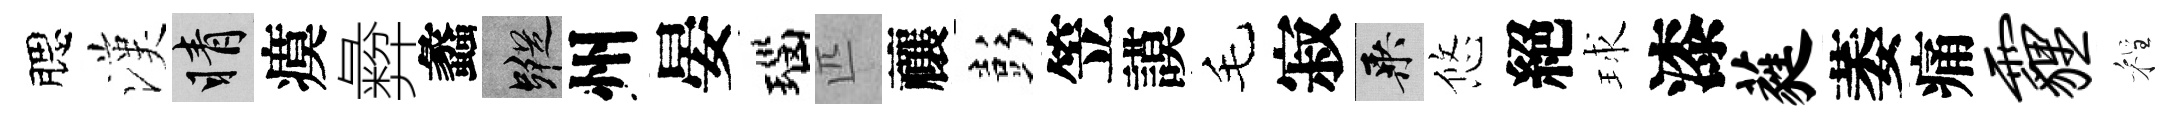
腮漢睛瘼彜蠡蹤州晏瑙匹禳彭笠謨毛寂乘悠絕球漆蕤萎痛霾程